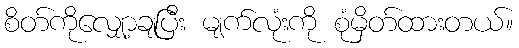
စိတ်ကိုလျှော့ချပြီး မျက်လုံးကို စုံမှိတ်ထားတယ်။